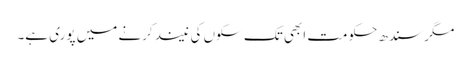
مگر سندھ حکومت ابھی تک سکوں کی نیند کرنے میں پوری ہے۔